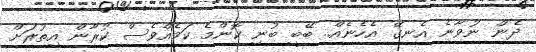
ދެން ނުވާނެ އެނގޭ އެހެނެއް.. ބޭބީ ބުނި ކޮންމެ ކަމެއްވެސް ކުރާން އިތުރަށް